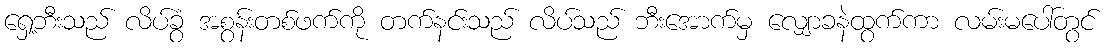
ရှေ့ဘီးသည် လိပ်ခွံ အစွန်းတစ်ဖက်ကို တက်နင်းသည် လိပ်သည် ဘီးအောက်မှ လျှောခနဲထွက်ကာ လမ်းမပေါ်တွင်